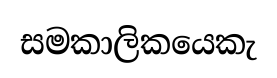
සමකාලිකයෙකැ